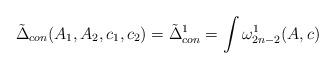
LaTeX: \begin{align*}\tilde{\Delta}_{con}(A_{1},A_{2},c_{1},c_{2})=\tilde{\Delta}^{1}_{con}=\int\omega^{1}_{2n-2}(A,c)\end{align*}